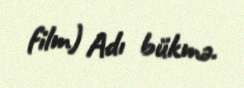
film) Adı bükmə.